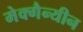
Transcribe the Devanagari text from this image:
मेक्गैन्यीन